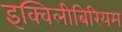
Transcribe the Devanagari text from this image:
इक्विलीबिरियम